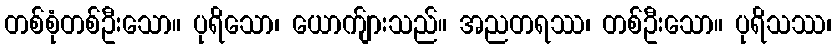
တစ်စုံတစ်ဦးသော။ ပုရိသော၊ ယောက်ျားသည်။ အညတရဿ၊ တစ်ဦးသော။ ပုရိသဿ၊